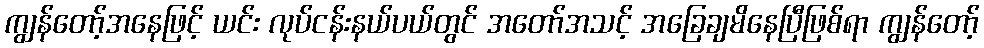
ကျွန်တော့်အနေဖြင့် ယင်း လုပ်ငန်းနယ်ပယ်တွင် အတော်အသင့် အခြေချမိနေပြီဖြစ်ရာ ကျွန်တော့်